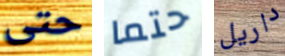
حتى حتما داريل